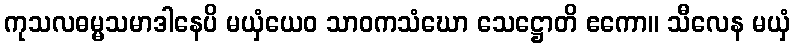
ကုသလဓမ္မသမာဒါနေပိ မယှံယေဝ သာဝကသံဃော သေဋ္ဌောတိ ဧကော။ သီလေန မယှံ